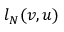
l _ { N } ( v , u )